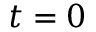
t = 0